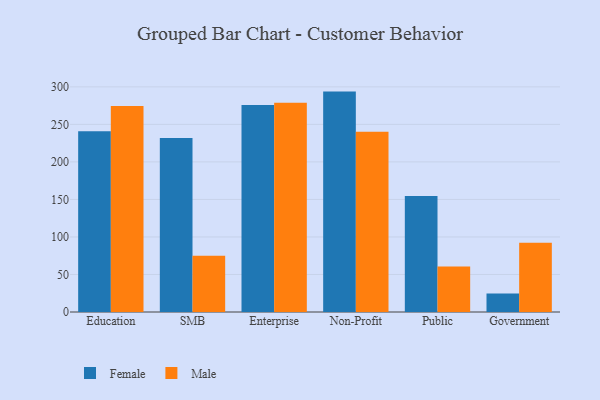
{"axis": {"x": "Segment", "y": "Backlog"}, "legend": ["Female", "Male"], "data": [{"x": "Education", "y": 240.9, "type": "Female"}, {"x": "Education", "y": 274.5, "type": "Male"}, {"x": "SMB", "y": 231.9, "type": "Female"}, {"x": "SMB", "y": 74.9, "type": "Male"}, {"x": "Enterprise", "y": 275.8, "type": "Female"}, {"x": "Enterprise", "y": 279.0, "type": "Male"}, {"x": "Non-Profit", "y": 293.7, "type": "Female"}, {"x": "Non-Profit", "y": 240.3, "type": "Male"}, {"x": "Public", "y": 154.7, "type": "Female"}, {"x": "Public", "y": 60.7, "type": "Male"}, {"x": "Government", "y": 24.8, "type": "Female"}, {"x": "Government", "y": 92.4, "type": "Male"}]}